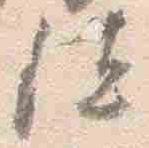
位